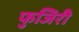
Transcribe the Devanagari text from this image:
फुजिरी